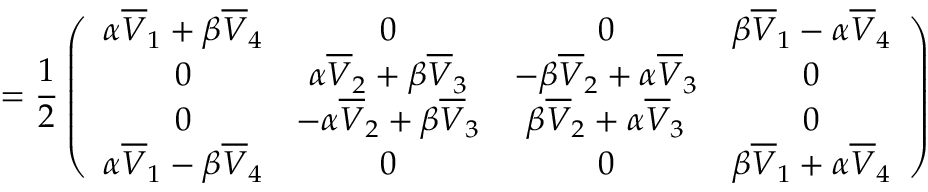
= { \frac { 1 } { 2 } } \left( \begin{array} { c c c c } { { \alpha \overline { { { V } } } _ { 1 } + \beta \overline { { { V } } } _ { 4 } } } & { { 0 } } & { { 0 } } & { { \beta \overline { { { V } } } _ { 1 } - \alpha \overline { { { V } } } _ { 4 } } } \\ { { 0 } } & { { \alpha \overline { { { V } } } _ { 2 } + \beta \overline { { { V } } } _ { 3 } } } & { { - \beta \overline { { { V } } } _ { 2 } + \alpha \overline { { { V } } } _ { 3 } } } & { { 0 } } \\ { { 0 } } & { { - \alpha \overline { { { V } } } _ { 2 } + \beta \overline { { { V } } } _ { 3 } } } & { { \beta \overline { { { V } } } _ { 2 } + \alpha \overline { { { V } } } _ { 3 } } } & { { 0 } } \\ { { \alpha \overline { { { V } } } _ { 1 } - \beta \overline { { { V } } } _ { 4 } } } & { { 0 } } & { { 0 } } & { { \beta \overline { { { V } } } _ { 1 } + \alpha \overline { { { V } } } _ { 4 } } } \end{array} \right)